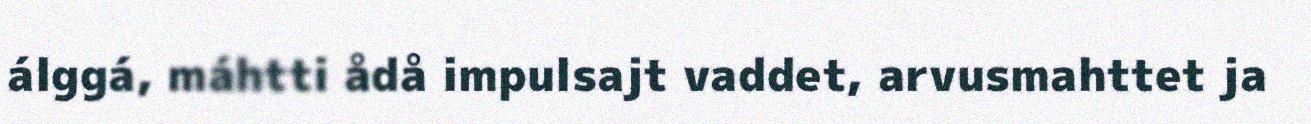
álggá, máhtti ådå impulsajt vaddet, arvusmahttet ja